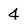
Character: 4